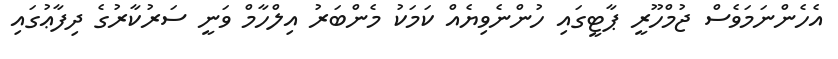
އެހެންނަމަވެސް ޖުމްހޫރީ ޕާޓީގައި ހުންނެވިޔެއް ކަމަކު މެންބަރު އިލްހާމް ވަނީ ސަރުކާރުގެ ދިފާޢުގައި